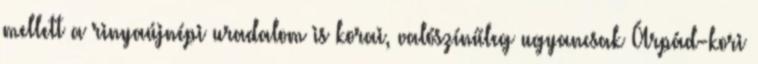
mellett a rinyaújnépi uradalom is korai, valószínűleg ugyancsak Árpád-kori